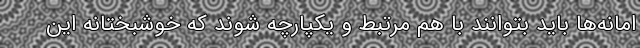
امانه‌ها باید بتوانند با هم مرتبط و یکپارچه شوند که خوشبختانه این